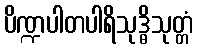
ပိဏ္ဍပါတပါရိသုဒ္ဓိသုတ္တံ